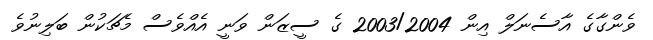
ވެންގާގެ އާސެނަލް އިން 2003/2004 ގެ ސީޒަން ވަނީ އެއްވެސް މެޗަކުން ބަލިނުވެ